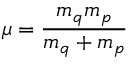
\mu = { \frac { m _ { q } m _ { p } } { m _ { q } + m _ { p } } }